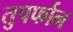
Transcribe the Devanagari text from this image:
तुपर्फान